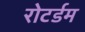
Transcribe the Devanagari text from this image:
रोटर्डम